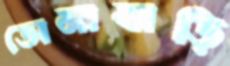
ডোমাবাড়ি